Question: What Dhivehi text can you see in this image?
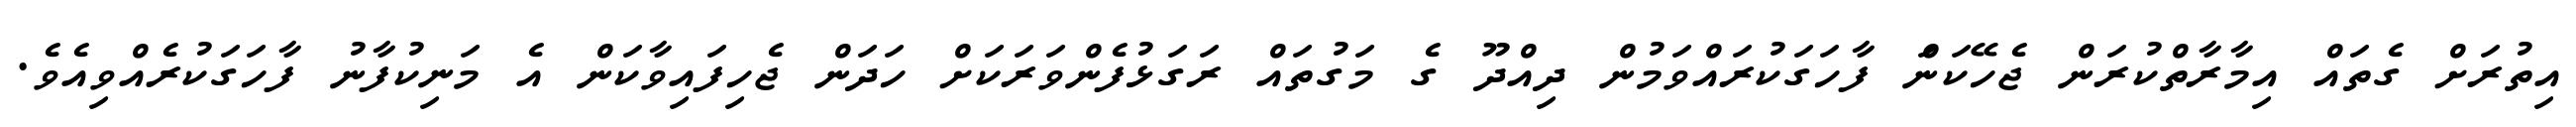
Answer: އިތުރަށް ގެތައް އިމާރާތްކުރަން ޖެހޭކަނަް ފާހަގަކުރައްވަމުން ދިއްދޫ ގެ މަގުތައް ރަގަޅުފެންވަރަކަށް ހަދަން ޖެހިފައިވާކަން އެ މަނިކުފާނު ފާހަގަކުރެއްވިއެވެ.